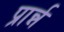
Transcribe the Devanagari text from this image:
प्रार्न्न